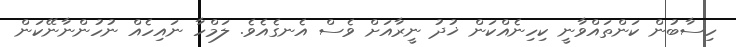
ހިސާބުން ކަންތައްވާނީ ކިހިނެއްކަން ޚުދު ނީރާއަށް ވެސް އެނގެއެވެ. ލަމްހާ ނައިހެއް ނުހުންނާނޭކަން